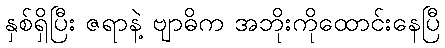
နှစ်ရှိပြီး ဇရာနဲ့ ဗျာဓိက အဘိုးကိုထောင်းနေပြီ